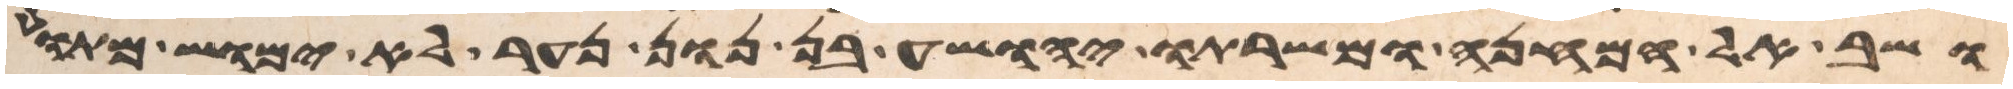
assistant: ושב אל המחנה ומשרתו יהושע בן נון נער לא ימוש מתוך